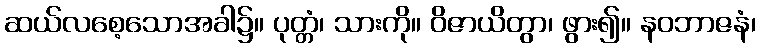
ဆယ်လစေ့သောအခါ၌။ ပုတ္တံ၊ သားကို။ ဝိဇာယိတွာ၊ ဖွား၍။ နဝဘာဇနံ၊